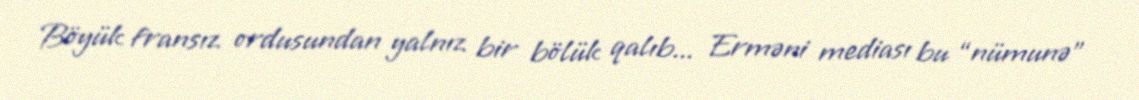
Böyük fransız ordusundan yalnız bir bölük qalıb... Erməni mediası bu “nümunə”